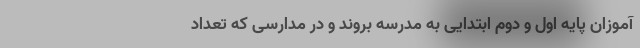
آموزان پایه اول و دوم ابتدایی به مدرسه بروند و در مدارسی که تعداد